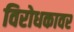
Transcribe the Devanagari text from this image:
विरोधकावर